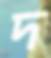
দ